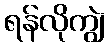
ရန်လိုကျွဲ